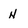
Character: N